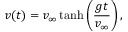
v ( t ) = v _ { \infty } \operatorname { t a n h } \left( { \frac { g t } { v _ { \infty } } } \right) ,